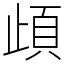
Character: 頉